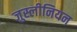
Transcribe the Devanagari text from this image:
जुस्लीनियन